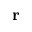
{ \bf r }